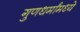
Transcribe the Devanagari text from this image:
गुणधर्मांमध्ये